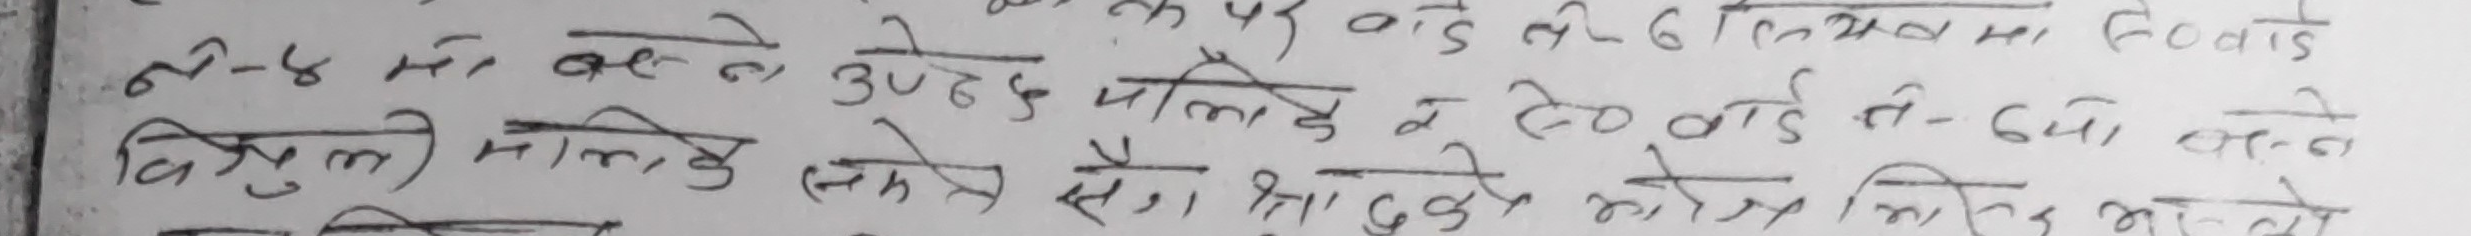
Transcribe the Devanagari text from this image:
ने-४ मा बल्ने उडेछ मोलिडे के ८० वाई ते-६४ लाग्ने
विभुली मोलिके सँग प्रतोस निलभ को